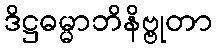
ဒိဋ္ဌဓမ္မာဘိနိဗ္ဗုတာ